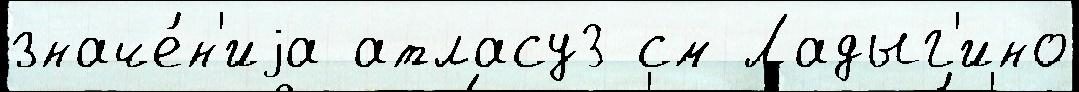
значе́н'иjа атласу3 см Ладыг'ино